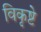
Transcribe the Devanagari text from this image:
विकृष्टे